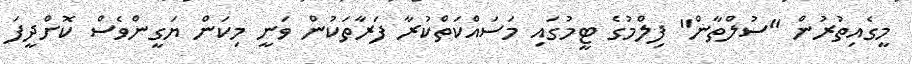
މީގެއިތުރުން "ސުލްތާން" ފިލްމުގެ ޓީމުގައި މަސައްކަތްކުރާ ފަރާތަކުން ވަނީ މިކަން ޔަގީންވެސް ކޮށްދީފަ